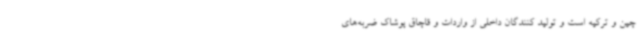
چین و ترکیه است و تولید کنندگان داخلی از واردات و قاچاق پوشاک ضربه‌های